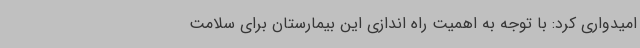
امیدواری کرد: با توجه به اهمیت راه اندازی این بیمارستان برای سلامت